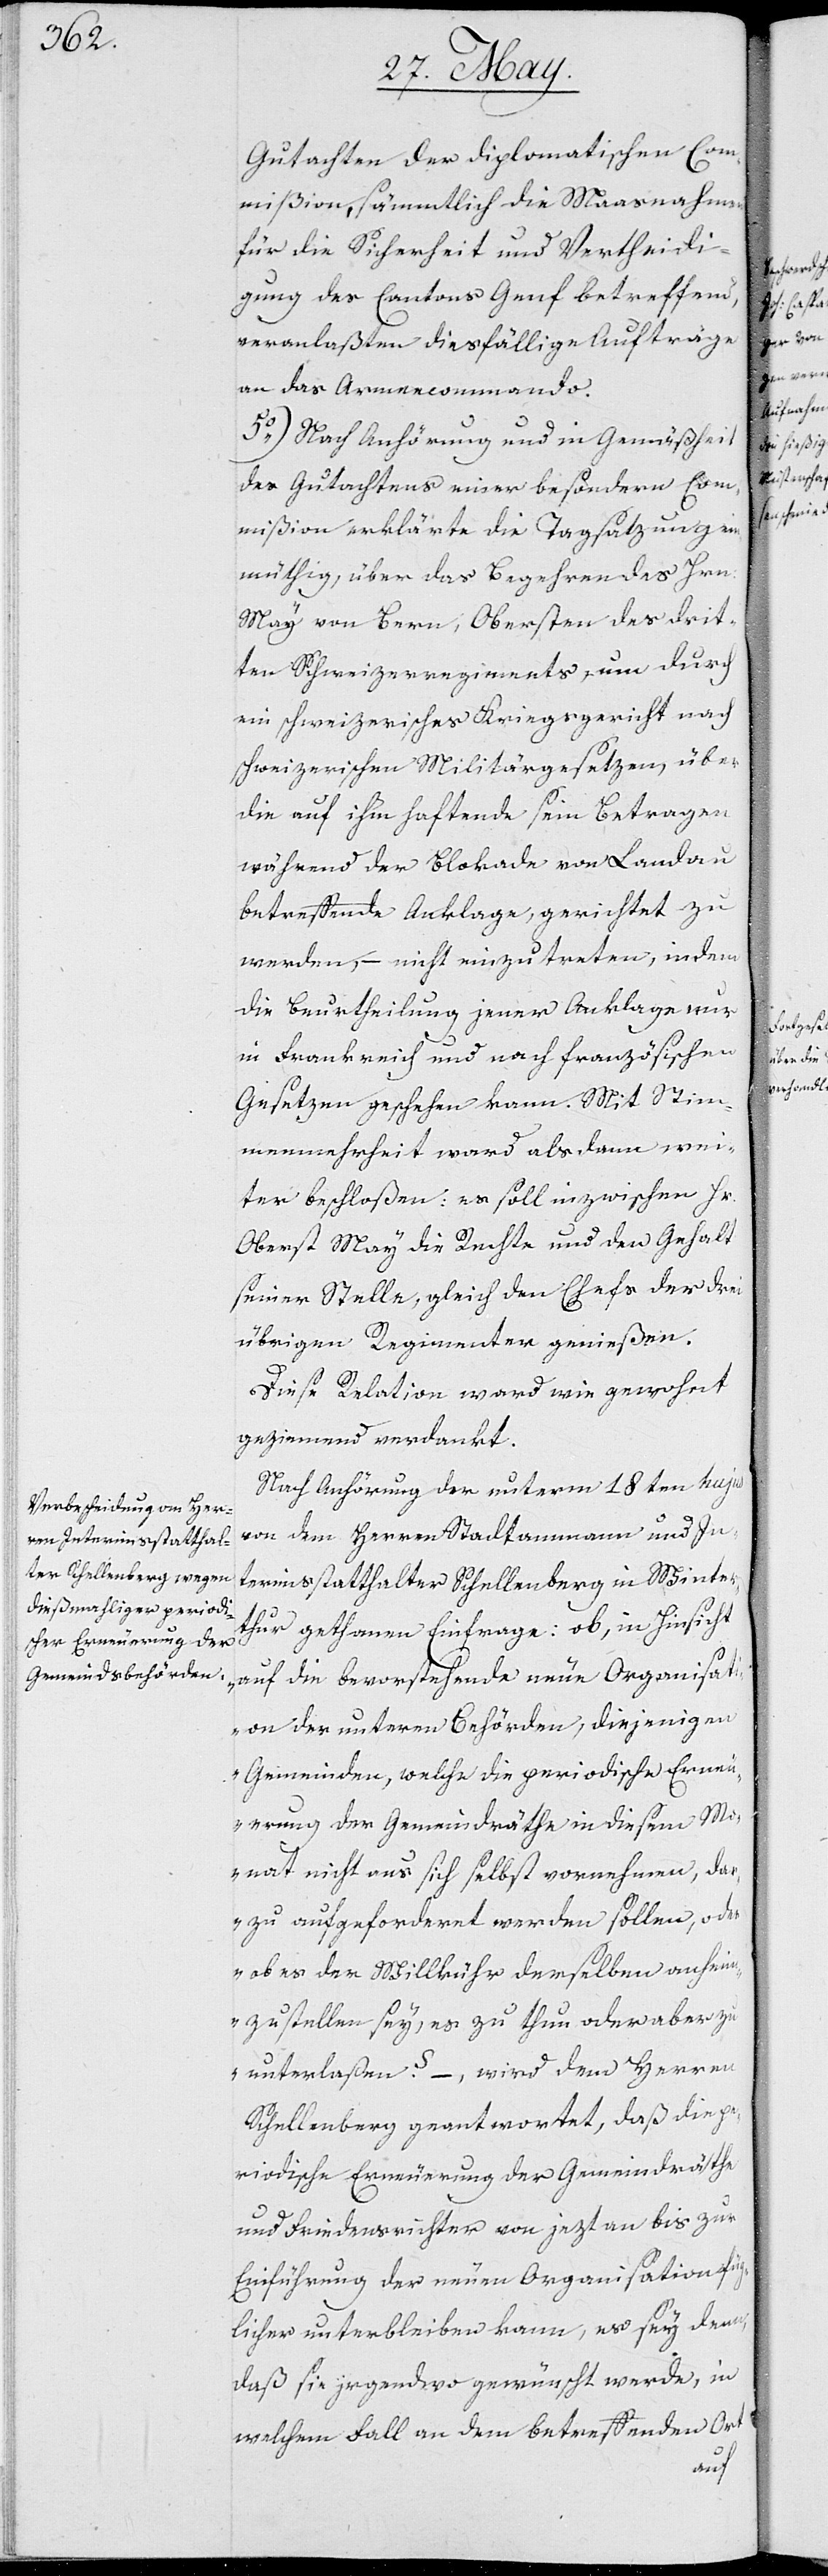
Gutachten der diplomatischen Com¬
mißion, sämmtlich die Maßnahmen
für die Sicherheit und Vertheidi¬
gung des Cantons Genf betreffend,
veranlaßten dießfällige Aufträge
an das Armeecommando.
5.) Nach Anhörung und in Gemäßheit
des Gutachtens einer besondern Com¬
mißion erklärte die Tagsatzung ein¬
müthig, über das Begehren des Hrn.
May von Bern, Obersten des drit¬
ten Schweizerregiments, um durch
ein schweizerisches Kriegsgericht nach
schweizerischen Militärgesetzen, über
die auf ihm haftende sein Betragen
während der Blokade von Landau
betreffende Anklage, gerichtet zu
werden, – nicht einzutretten, indem
die Beurtheilung jener Anklage nur
in Frankreich und nach Französischen
Gesetzen geschehen kann. Mit Stim¬
menmehrheit ward alsdann wei¬
ter beschloßen: es soll inzwischen Hr.
Oberst May die Rechte und den Gehalt
seiner Stelle, gleich den Chefs der drei
übrigen Regimenter genießen.
Diese Relation ward wie gewohnt
geziemend verdankt.